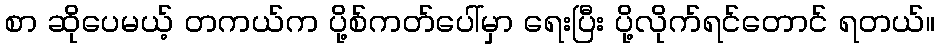
စာ ဆိုပေမယ့် တကယ်က ပို့စ်ကတ်ပေါ်မှာ ရေးပြီး ပို့လိုက်ရင်တောင် ရတယ်။